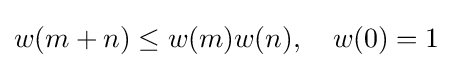
w(m+n)\leq w(m)w(n),\quad w(0)=1